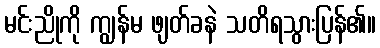
မင်းညိုကို ကျွန်မ ဖျတ်ခနဲ သတိရသွားပြန်၏။